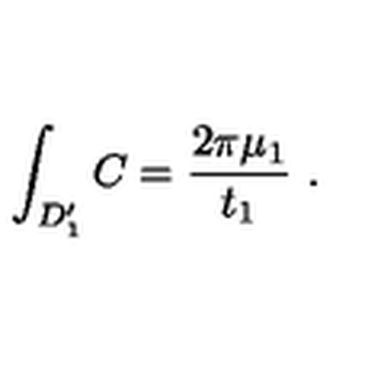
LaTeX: \int _ { D _ { 1 } ^ { \prime } } C = { \frac { 2 \pi \mu _ { 1 } } { t _ { 1 } } } \ .